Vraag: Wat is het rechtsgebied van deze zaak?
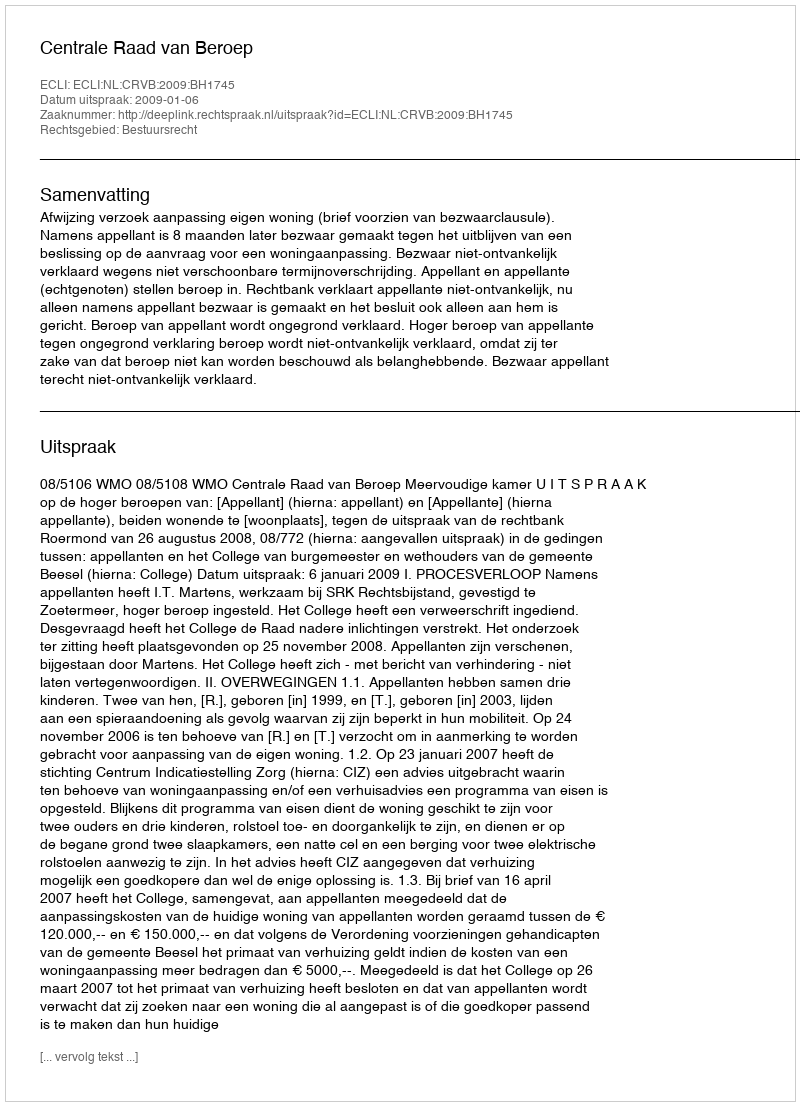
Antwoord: Bestuursrecht